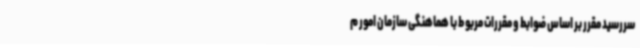
سررسید مقرر بر اساس ضوابط و مقررات مربوط با هماهنگی سازمان امور م